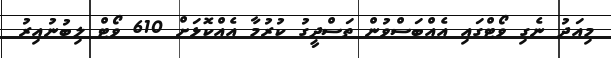
މިއަދު ނެގި ވޯޓްގައި އެއްބަސްވުން ތަސްދީގު ކުރުމާ އެއްކޮޅަށް 610 ވޯޓް ލިބުނުއިރު